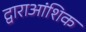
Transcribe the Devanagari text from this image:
द्वाराआंशिक